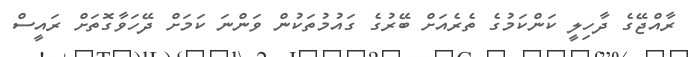
ރާއްޖޭގެ ދާހިލީ ކަންކަމުގެ ތެރެއަށް ބޭރުގެ ގައުމުތަކުން ވަންނަ ކަމަށް ދޭހަވާގޮތަށް ރައީސް